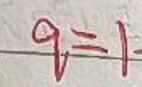
$q = 1$